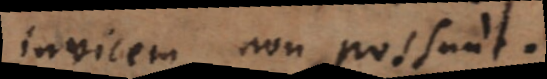
invicem non possunt.